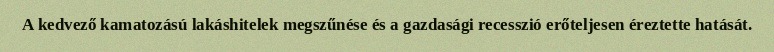
A kedvező kamatozású lakáshitelek megszűnése és a gazdasági recesszió erőteljesen éreztette hatását.